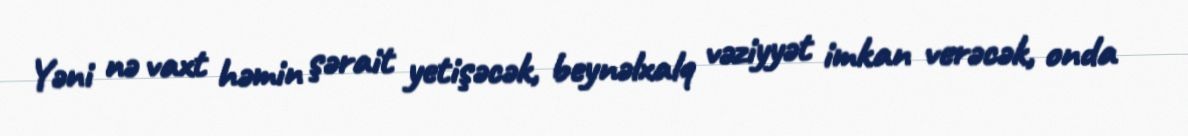
Yəni nə vaxt həmin şərait yetişəcək, beynəlxalq vəziyyət imkan verəcək, onda